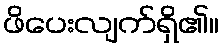
ဖိပေးလျက်ရှိ၏။